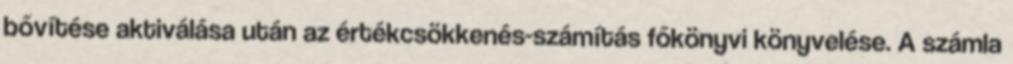
bővítése aktiválása után az értékcsökkenés-számítás főkönyvi könyvelése. A számla